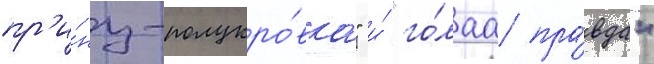
пр'и́нц-полукро́вка" и́ "го́лаа пра́вда"